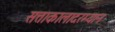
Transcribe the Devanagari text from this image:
सत्ताकालादरम्यान